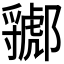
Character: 𲆣